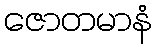
ဇောတမာနံ